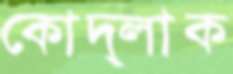
কোদ্‌লাক